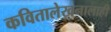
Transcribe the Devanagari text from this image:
कवितालेखनालाही